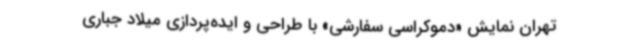
تهران نمایش «دموکراسی سفارشی» با طراحی و ایده‌پردازی میلاد جباری‌